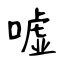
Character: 嘘